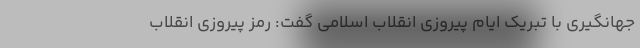
جهانگیری با تبریک ایام پیروزی انقلاب اسلامی گفت: رمز پیروزی انقلاب